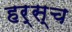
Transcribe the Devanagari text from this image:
हर्स्च